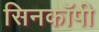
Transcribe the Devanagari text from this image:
सिनकाॅपी